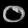
Digit: ၀